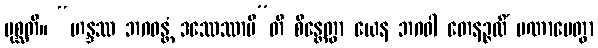
ပုစ္ဆတိ။ “ဟန္ဒဿ ဘဂဝန္တံ ဒဿေဿာမီ”တိ စိန္တေတွာ ယေန ဘဂဝါ တေနဉ္ဇလိံ ပဏာမေတွာ